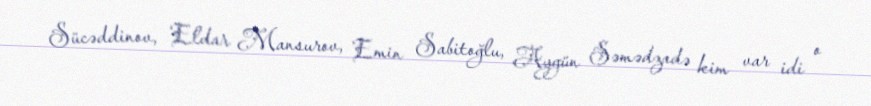
Sücəddinov, Eldar Mansurov, Emin Sabitoğlu, Aygün Səmədzadə kim var idi o